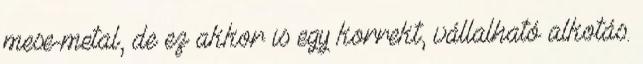
mese-metal, de ez akkor is egy korrekt, vállalható alkotás.